Insane asylums in Bengal annual reports 1867-1875 - 1867-1875
Year: 1867
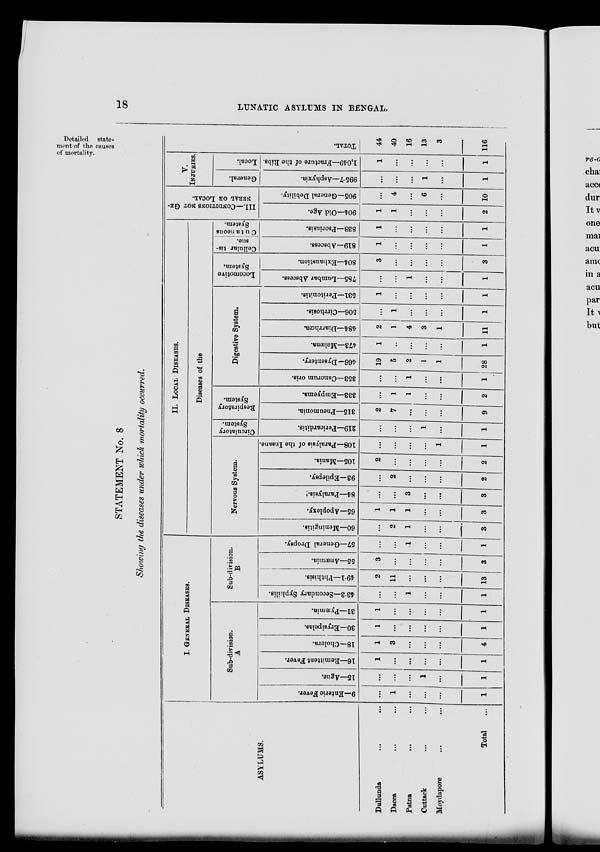
18
LUNATIC ASYLUMS IN BENGAL.
Detailed state-
ment of the causes
of mortality.
STATEMENT No. 8
Showing the diseases under which mortality occurred.
ASYLUMS.
Dallunda
...
...
Dacca ... ...
Patna ... ...
Cuttack ... ...
Moydapore ... ...
Total ...
I. GENERAL DISEASES.
Sub-division.
A
9—Enteric Fever.
...
1
...
...
...
1
15—Ague.
...
...
...
1
...
1
16—Remittent Fever.
1
...
...
...
...
1
18—Cholera.
1
3
...
...
...
4
30—Erysipelas.
1
...
...
...
...
1
31—Pyæmia.
1
...
...
...
...
1
Sub-division.
B
43.3—Secondary Syphilis.
...
...
1
...
...
1
49.1—Phthisis.
2
11
...
...
...
13
55—Anæmia.
3
...
...
...
...
3
57—General Dropsy.
...
...
1
...
...
1
II. LOCAL DISEASES.
Diseases of the
Nervous System.
60—Meningitis.
...
2
1
...
...
3
65—Apoplexy.
1
1
1
...
...
3
84—Paralysis
...
...
3
...
...
3
93—Epilepsy.
...
2
...
...
...
2
105—Mania.
2
...
...
...
...
2
108—Paralysis of the Insane.
...
...
...
...
1
1
Circulatory
System.
219—Pericarditis.
...
...
...
1
...
1
Respiratory
System.
315—Pneumonia.
2
7
...
...
...
9
333—Empyema.
...
1
1
...
...
2
Digestive System.
353—Cancrum oris.
...
...
1
...
...
1
466—Dysentery.
19
5
2
1
1
28
473—Melæna.
1
...
...
...
...
1
484—Diarrhœa.
2
1
4
3
1
11
506—Cirrhosis.
...
1
...
...
...
1
531—Peritonitis.
1
...
...
...
...
1
Locomotive
System.
785—Lumbar Abscess.
...
...
1
...
...
1
804—Exhaustion.
3
...
...
...
...
3
Cellular tis-
sue.
819—Abscess.
1
...
...
...
...
1
Cutaneous
System.
838—Psoriasis.
1
...
...
...
...
1
III.—CONDITIONS NOT GE-
NERAL OR LOCAL.
904—Old Age.
1
1
...
...
...
2
905—General Debility.
...
4
...
6
...
10
V.
INJURIES.
General.
995.7—Asphyxia.
...
...
...
1
...
1
Local.
1,049—Fracture of the Ribs.
1
...
...
...
...
1
TOTAL.
44
40
16
13
3
116